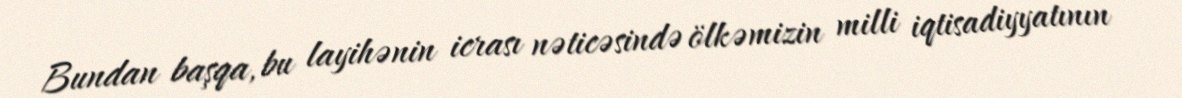
Bundan başqa, bu layihənin icrası nəticəsində ölkəmizin milli iqtisadiyyatının